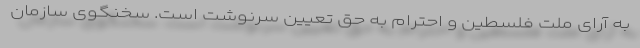
به آرای ملت فلسطین و احترام به حق تعیین سرنوشت است. سخنگوی سازمان